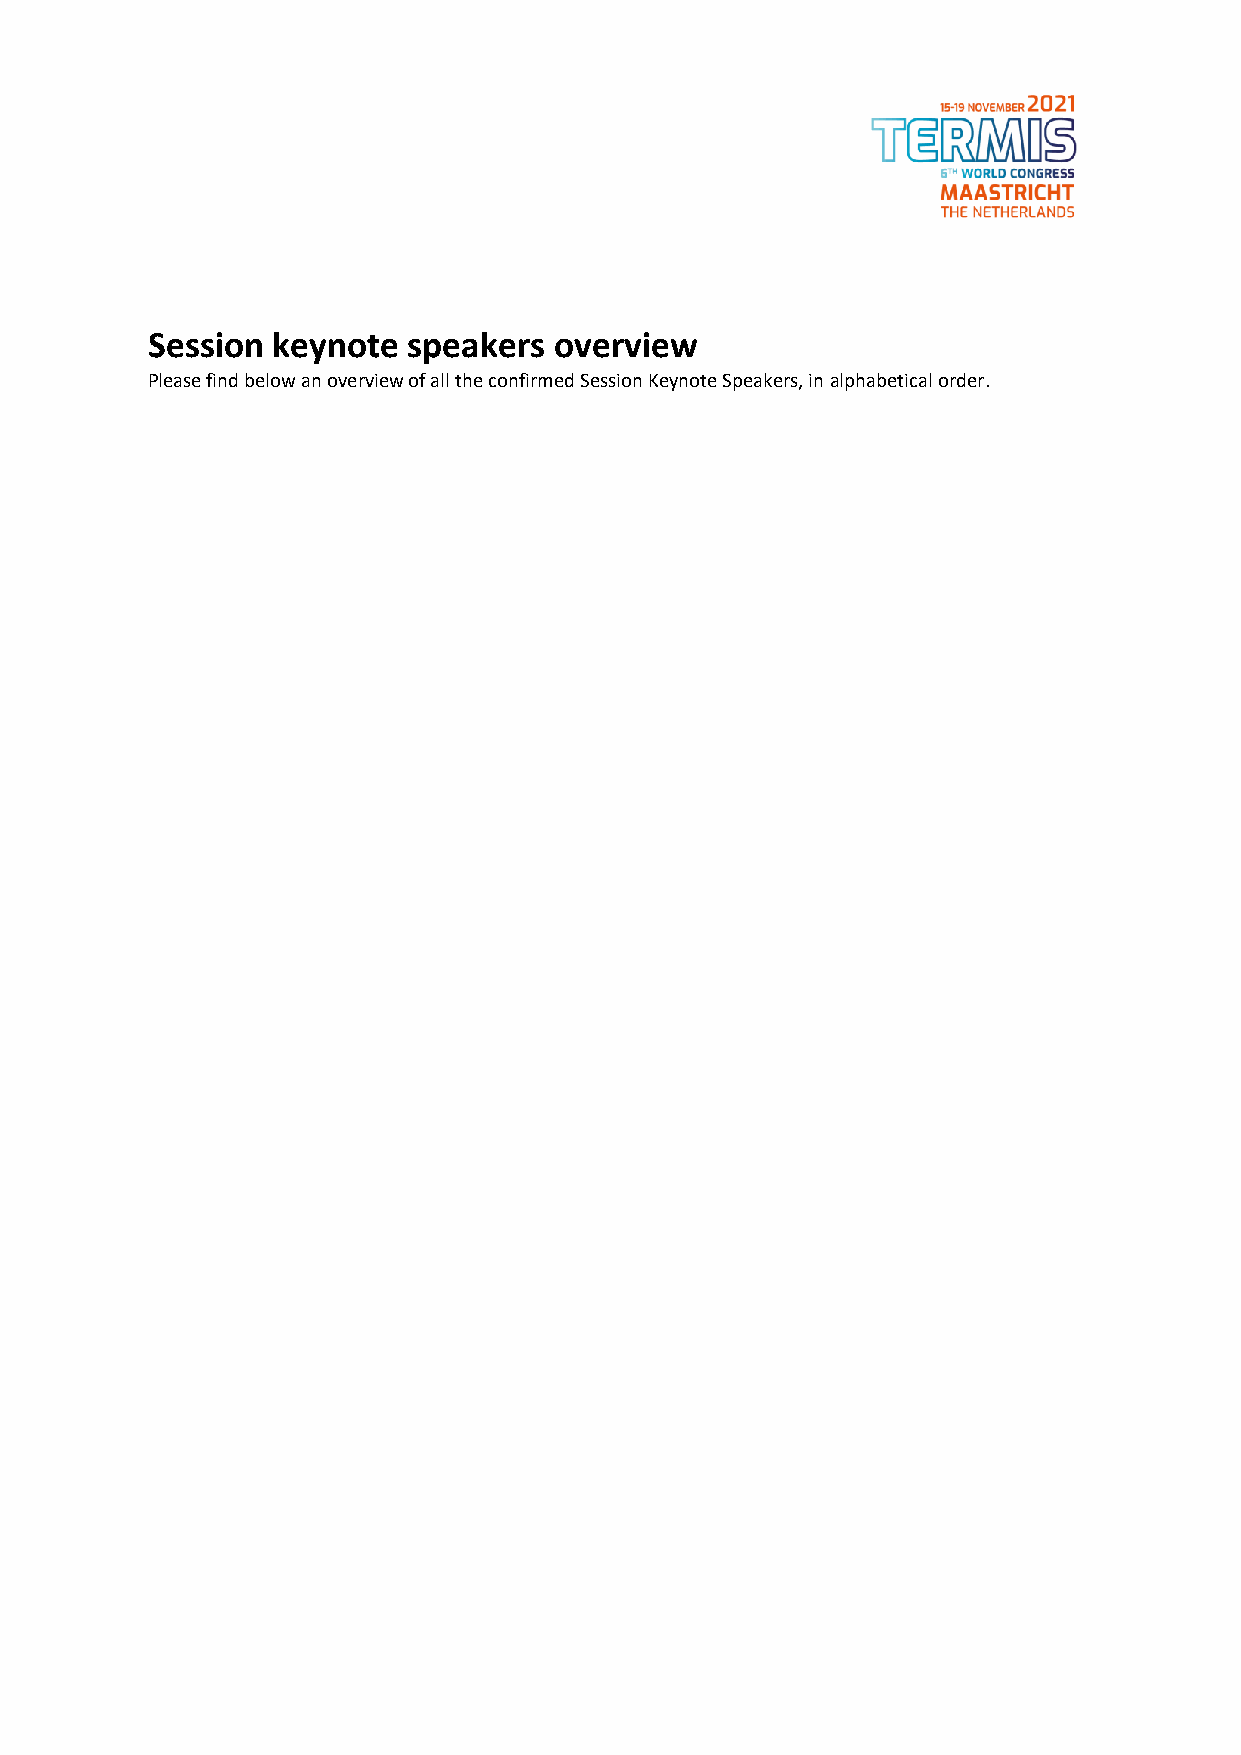
Session keynote  speakers  overview
 Please find below an overview of all the confirmed Session Keynote Speakers, in alphabetical order.